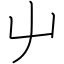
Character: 屮